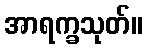
အာရက္ခသုတ်။